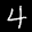
Label: 4